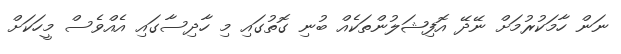
ނަން ހާމަކުރުމަށް ނޭދޭ އޮފިޝަލުންތަކެއް ބުނި ގޮތުގައި މި ހާދިސާގައި އެއްވެސް މީހަކަށް